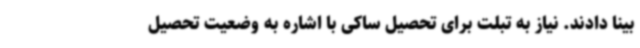
بینا دادند. نیاز به تبلت برای تحصیل ساکی با اشاره به وضعیت تحصیل